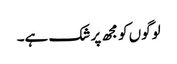
لوگوں کو مجھ پر شک ہے۔